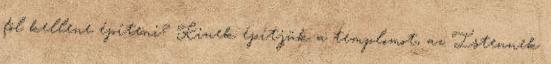
föl kellene építeni? Kinek építjük a templomot, az Istennek